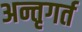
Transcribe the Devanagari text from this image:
अन्तृगर्त